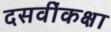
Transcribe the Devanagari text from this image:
दसवींकक्षा